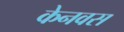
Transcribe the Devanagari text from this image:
केनवस